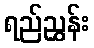
ရည်ညွှန်း